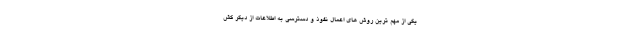
یکی از مهم ترین روش های اعمال نفوذ و دسترسی به اطلاعات از دیگر کش